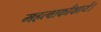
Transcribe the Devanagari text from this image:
महत्वाकाँक्षायें।